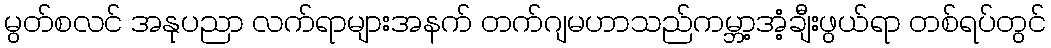
မွတ်စလင် အနုပညာ လက်ရာများအနက် တက်ဂျမဟာသည်ကမ္ဘာ့အံ့ချီးဖွယ်ရာ တစ်ရပ်တွင်